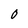
Character: O